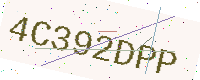
Text: 4C392DPP